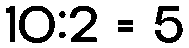
10:2 = 5